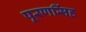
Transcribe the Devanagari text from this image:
पूरणसिंह